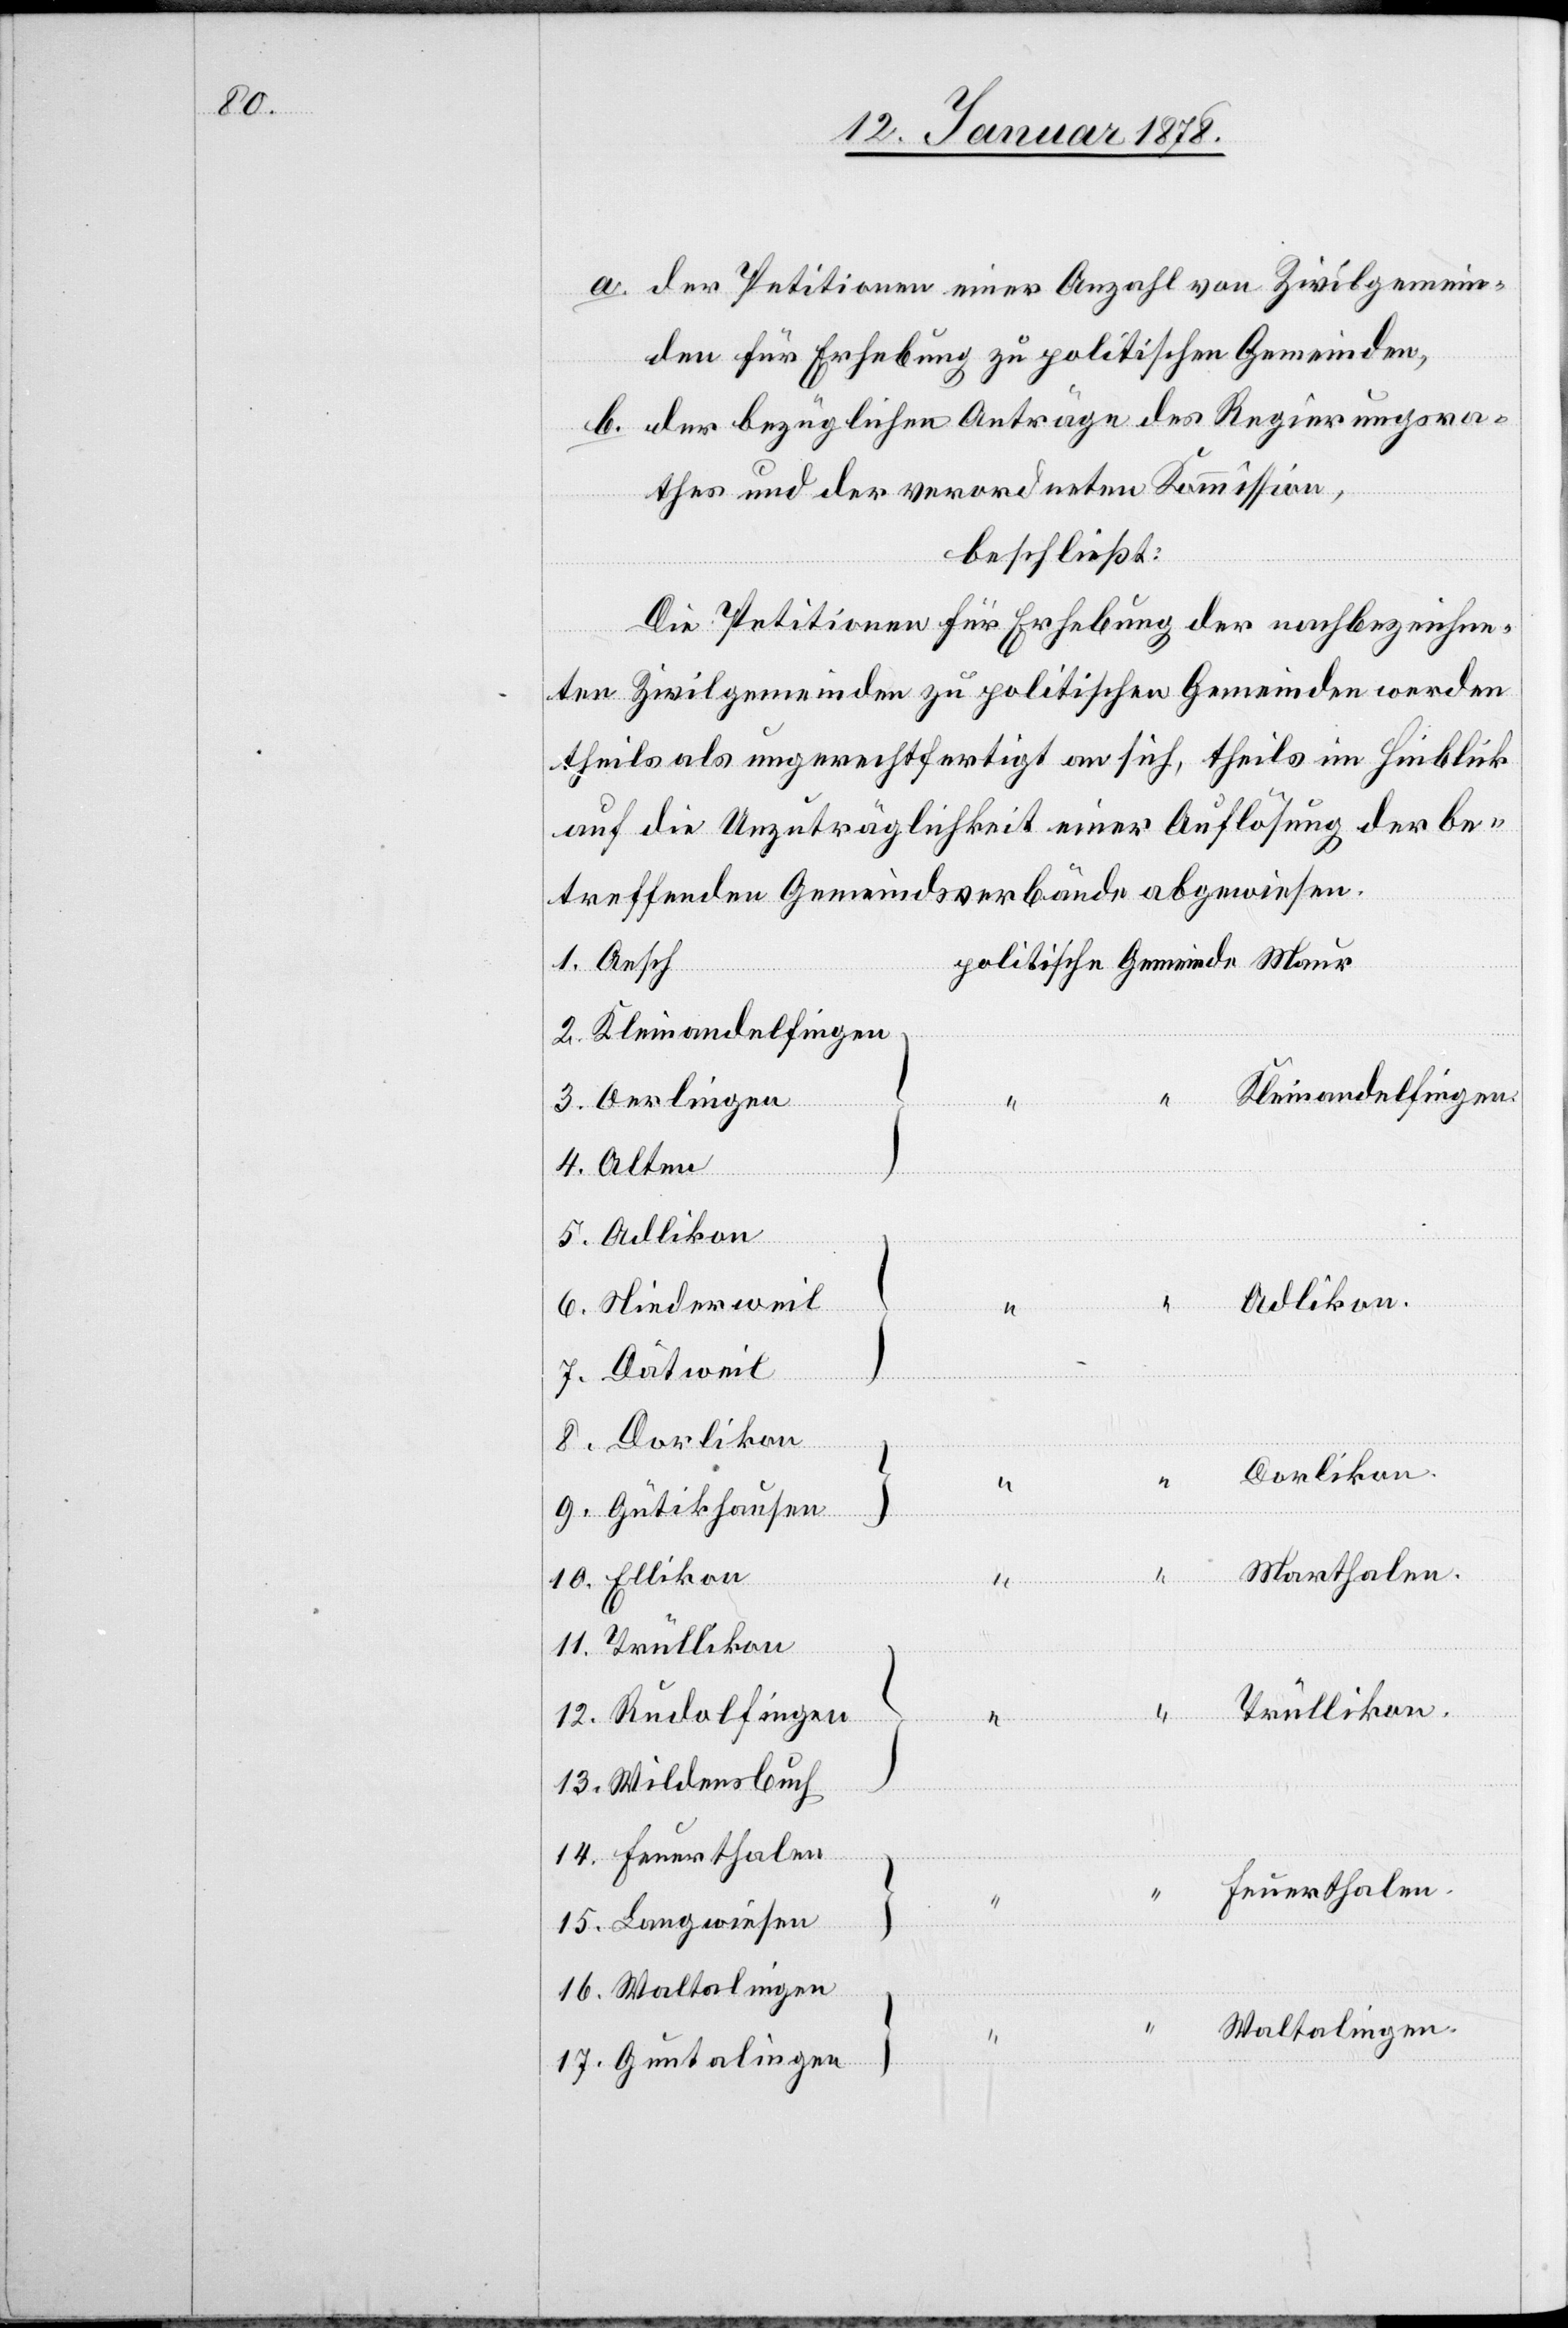
a. der Petitionen einer Anzahl von Zivilgemein¬
den für Erhebung zu politischen Gemeinden,
b. der bezüglichen Anträge des Regierungsra¬
thes und der verwendeten Kommission,
beschließt:
Die Petitionen für Erhebung der nachbezeichne¬
ten Zivilgemeinden zu politischen Gemeinden werden
theils ungerechtfertigt an sich, theils im Hinblick
auf die Unzuträglichkeit einer Auflösung der be¬
treffenden Gemeindsverbände abgewiesen.
1. Aesch
2. Kleinandelfingen
Kleinandelfingen.
3. Oerlingen
4. Olten
5. Adlikon
6. Niederweil
7. Dätweil
8. Dorlikon
Gemeinde
Dorlikon.
9. Gütikhausen
“
Marthalen.
10. Ellikon
11. Trüllikon
Trüllikon.
12. Rudolfingen
13. Wildensbuch
14. Feuerthalen
Feuerthalen.
15. Langwiesen
16. Waltalingen
“
Waltalingen.